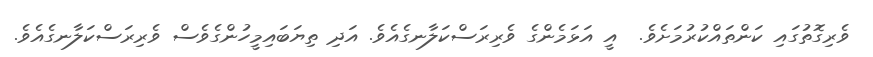
ވެރިގޮތުގައި ކަންތައްކުރުމަށެވެ.  އީ އަޅަމެންގެ ވެރިރަސްކަލާނގެއެވެ. އަދި ތިޔަބައިމީހުންގެވެސް ވެރިރަސްކަލާނގެއެވެ.